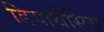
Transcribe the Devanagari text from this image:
डियाथेसिस